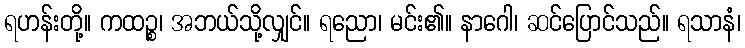
ရဟန်းတို့။ ကထဉ္စ၊ အဘယ်သို့လျှင်။ ရညော၊ မင်း၏။ နာဂေါ၊ ဆင်ပြောင်သည်။ ရသာနံ၊